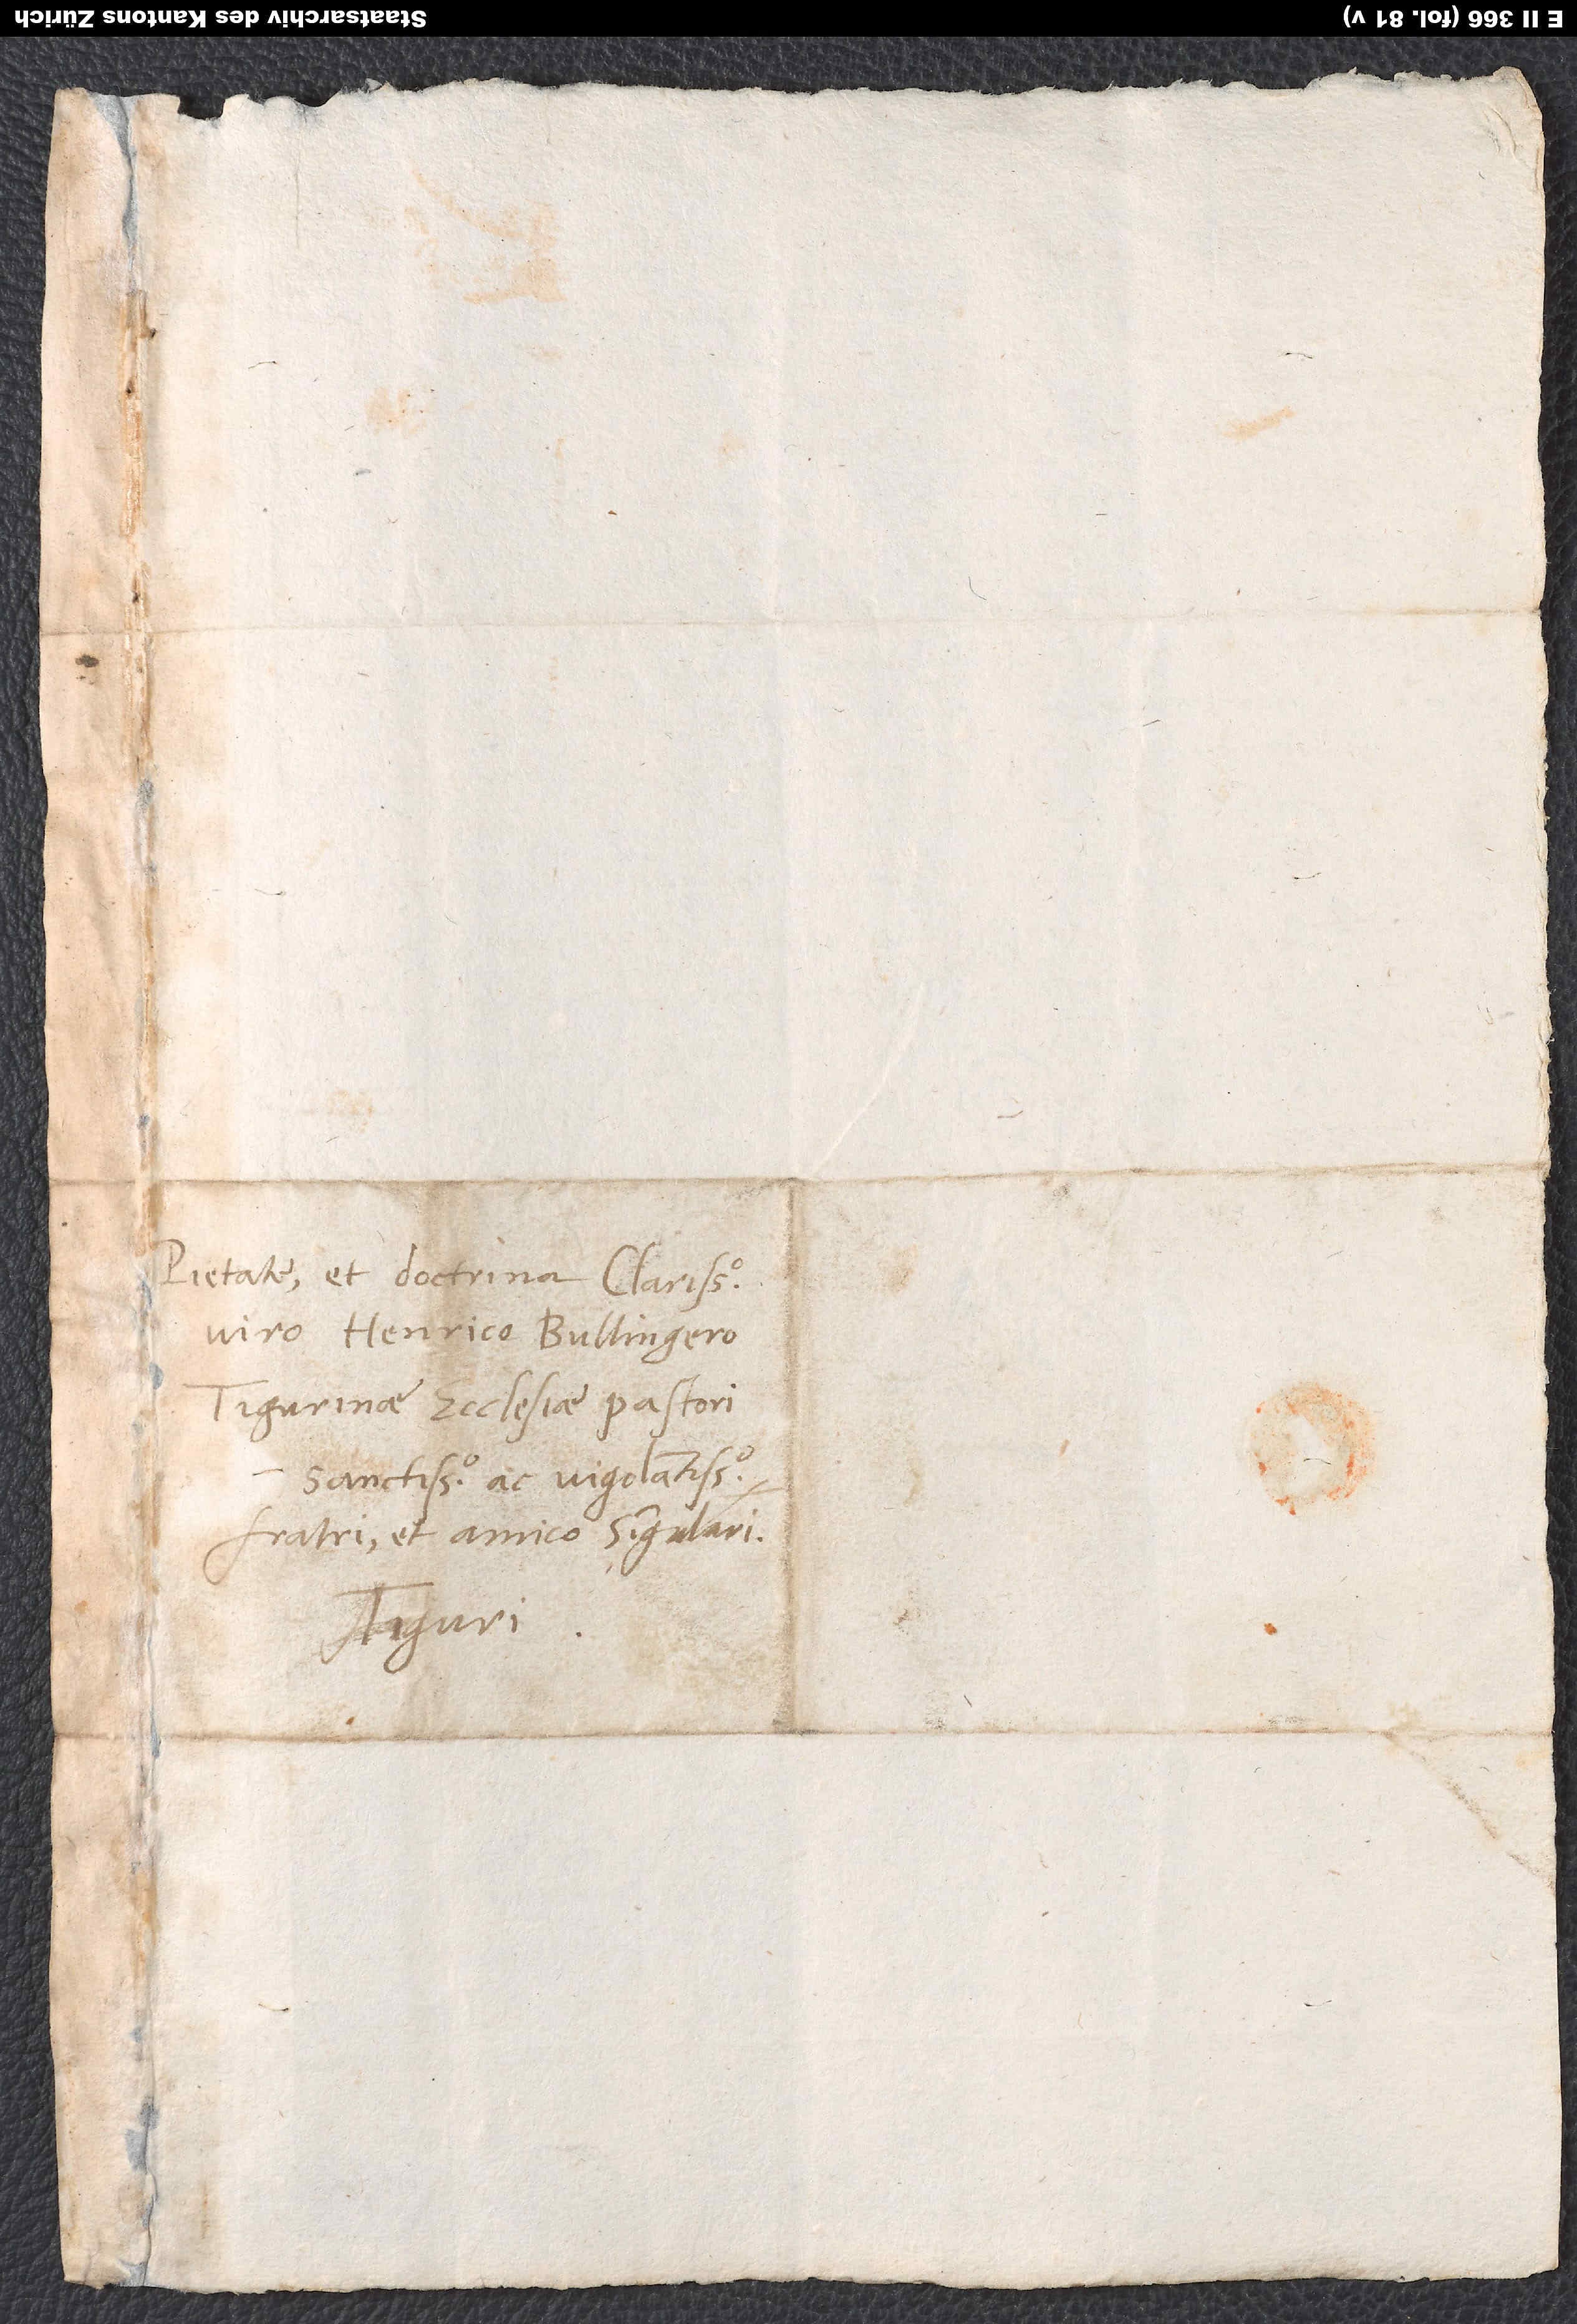
Pietate et doctrina clarissimo
viro Henrico Bullingero,
Tigurinae ecclesiae pastori
sanctissimo ac vigilantissimo,
fratri et amico singulari.
Tiguri.